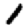
Digit: 1